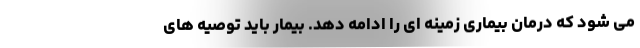
می شود که درمان بیماری زمینه ای را ادامه دهد. بیمار باید توصیه های